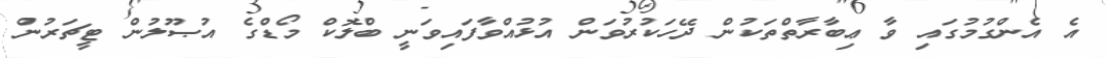
އެ އެންގުމުގައި ވާ ޢިބާރާތްތަކުން ދޭހަކުރުވަން އުޅުއްވާފައިވަނީ ބްލޮކް މޯޑްގެ އުޞޫލުން ޓީޗަރުން